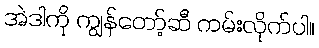
အဲဒါကို ကျွန်တော့်ဆီ ကမ်းလိုက်ပါ။